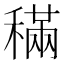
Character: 𥡹